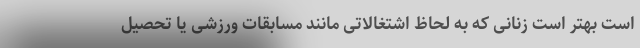
است بهتر است زنانی که به لحاظ اشتغالاتی مانند مسابقات ورزشی یا تحصیل